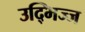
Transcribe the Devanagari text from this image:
उद्भिज्ज